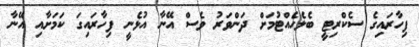
ފިހާރައިގެ ސެކްރިޓީ ބެލެހެއްޓުމަށް ދަންވަރު ވެސް އޭނާ އުޅެނީ ފިހާރައިގަ ކަމަށާއި އޭނާ